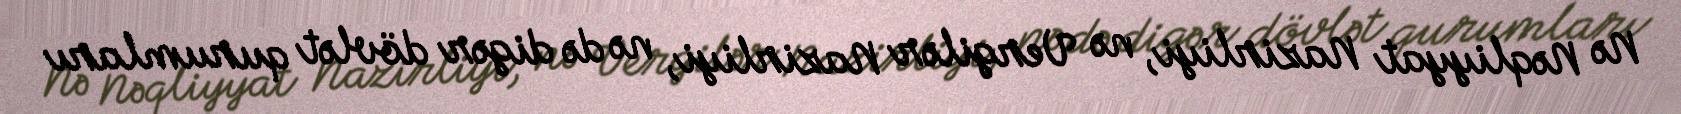
Nə Nəqliyyat Nazirliyi, nə Vergilər Nazirliyi, nə də digər dövlət qurumları